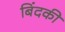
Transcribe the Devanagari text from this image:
बिंदकी